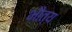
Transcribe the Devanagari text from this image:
भौत्य